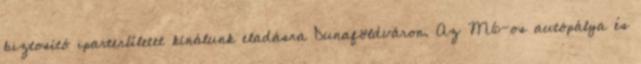
biztosító iparterületet kínálunk eladásra Dunaföldváron. Az M6-os autópálya és